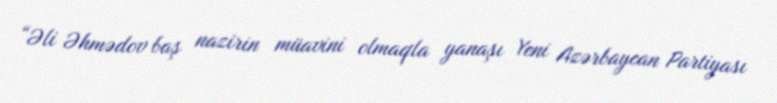
“Əli Əhmədov baş nazirin müavini olmaqla yanaşı Yeni Azərbaycan Partiyası